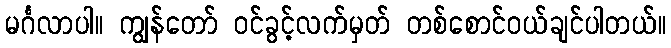
မင်္ဂလာပါ။ ကျွန်တော် ဝင်ခွင့်လက်မှတ် တစ်စောင်ဝယ်ချင်ပါတယ်။